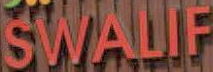
SWALIF